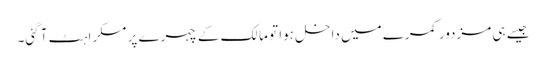
جیسے ہی مزدور کمرے میں داخل ہوا تو مالک کے چہرے پر مسکراہٹ آ گئی۔